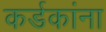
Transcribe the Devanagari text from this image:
कर्डकांना